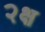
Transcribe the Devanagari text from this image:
२क्ष